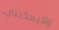
ولايمكنني